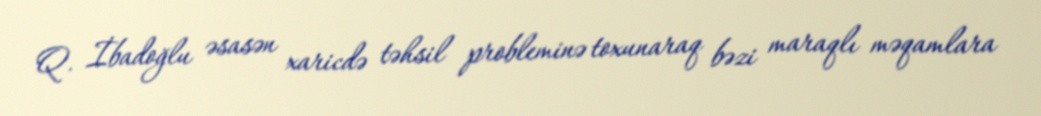
Q. İbadoğlu əsasən xaricdə təhsil probleminə toxunaraq bəzi maraqlı məqamlara